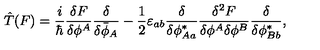
\hat { T } ( F ) = \frac { i } { \hbar } \frac { \delta F } { \delta \phi ^ { A } } \frac { \delta } { \delta \bar { \phi } _ { A } } - \frac { 1 } { 2 } \varepsilon _ { a b } \frac { \delta } { \delta \phi _ { A a } ^ { * } } \frac { \delta ^ { 2 } F } { \delta \phi ^ { A } \delta \phi ^ { B } } \frac { \delta } { \delta \phi _ { B b } ^ { * } } ,